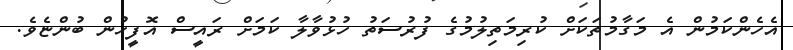
އެހެންކަމުން އެ މަގާމުތަކަށް ކުރިމަތިލުމުގެ ފުރުސަތު ހުޅުވާލާ ކަމަށް ރައީސް އޮފީހުން ބުންޏެވެ.